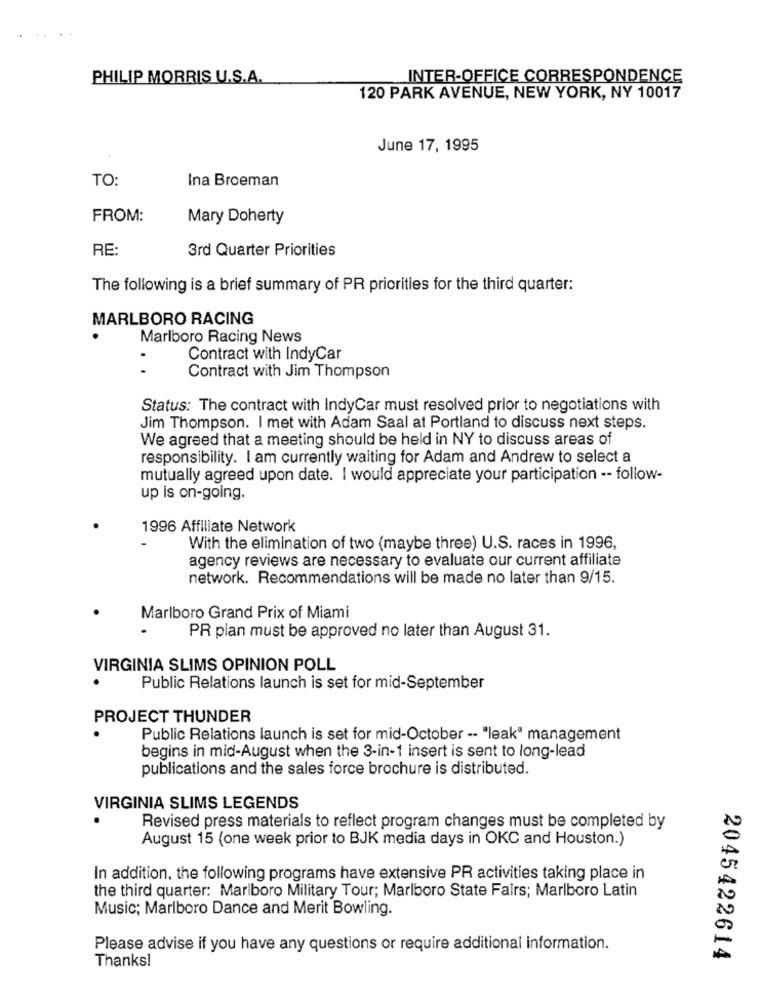
PHILIP MORRIS U.S.A.
INTER-OFFICE CORRESPONDENCE
120 PARK AVENUE, NEW YORK, NY 10017
June 17, 1995
TO:
Ina Broeman
FROM:
Mary Doherty
RE:
3rd Quarter Priorities
The following is a brief summary of PR priorities for the third quarter:
MARLBORO RACING
Marlboro Racing News
Contract with IndyCar
. .
Contract with Jim Thompson
Status: The contract with IndyCar must resolved prior to negotiations with
Jim Thompson. I met with Adam Saal at Portland to discuss next steps.
We agreed that a meeting should be held in NY to discuss areas of
responsibility. I am currently waiting for Adam and Andrew to select a
mutually agreed upon date. I would appreciate your participation -- follow-
up is on-going.
1996 Affiliate Network
With the elimination of two (maybe three) U.S. races in 1996,
agency reviews are necessary to evaluate our current affiliate
network. Recommendations will be made no later than 9/15.
Marlboro Grand Prix of Miami
PR plan must be approved no later than August 31.
VIRGINIA SLIMS OPINION POLL
Public Relations launch is set for mid-September
PROJECT THUNDER
Public Relations launch is set for mid-October -- "leak" management
begins in mid-August when the 3-in-1 insert is sent to long-lead
publications and the sales force brochure is distributed.
VIRGINIA SLIMS LEGENDS
Revised press materials to reflect program changes must be completed by
August 15 (one week prior to BJK media days in OKC and Houston.)
In addition, the following programs have extensive PR activities taking place in
the third quarter: Marlboro Military Tour; Marlboro State Fairs; Marlboro Latin
Music; Marlboro Dance and Merit Bowling.
Please advise if you have any questions or require additional information.
Thanks!
2045422614